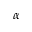
\alpha